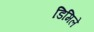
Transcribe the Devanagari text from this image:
डिमिले